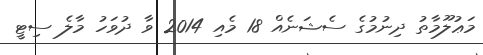
މަޢުލޫމާތު ދިނުމުގެ ސެޝަނެއް 18 މެއި 2014 ވާ ދުވަހު މާލެ ސިޓީ